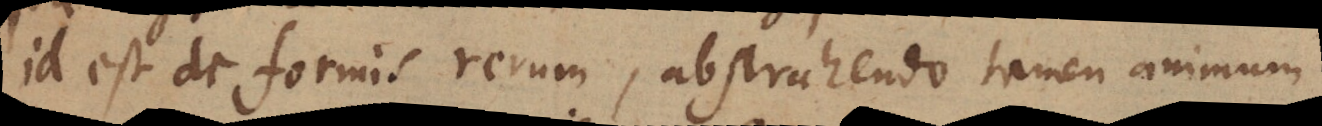
id est de formis rerum, abstrahendo tamen animum